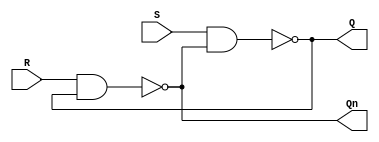
`timescale 1ns / 1ps
module sr_nandlatch(
    input S,
    input R,
    output Q,
    output Qn
    );

wire Q_int, Qn_int;

assign #1 Q_int = ~(S & Qn_int);
assign #1 Qn_int = ~(R & Q_int);
assign Q = Q_int;
assign Qn = Qn_int;

endmodule